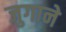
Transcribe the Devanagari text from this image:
जुगाने